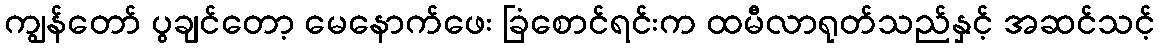
ကျွန်တော် ပွချင်တော့ မေနောက်ဖေး ခြံစောင်ရင်းက ထမီလာရုတ်သည်နှင့် အဆင်သင့်